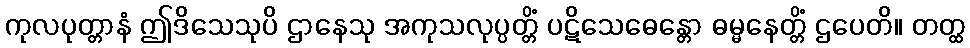
ကုလပုတ္တာနံ ဤဒိသေသုပိ ဌာနေသု အကုသလုပ္ပတ္တိံ ပဋိသေဓေန္တော ဓမ္မနေတ္တိံ ဌပေတိ။ တတ္ထ